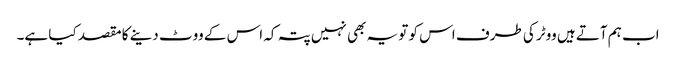
اب ہم آتے ہیں ووٹر کی طرف اس کو تو یہ بھی نہیں پتہ کہ اس کے ووٹ دینے کا مقصد کیا ہے۔